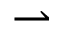
\rightharpoonup